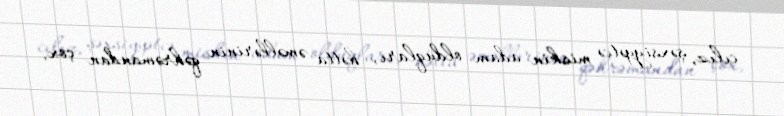
cılız, şəxsiyyətcə miskin adam olduqları, hətta əməllərinin qəhrəmandan çox,